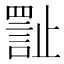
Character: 𪴾